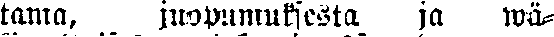
tama, juopumuksesta ja wä-